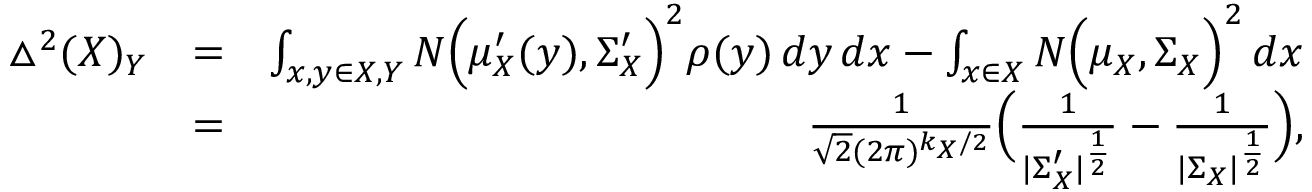
\begin{array} { r l r } { \bigtriangleup ^ { 2 } ( X ) _ { Y } } & { = } & { \int _ { x , y \in X , Y } N \Big ( \mu _ { X } ^ { \prime } ( y ) , \Sigma _ { X } ^ { \prime } \Big ) ^ { 2 } \rho ( y ) \, d y \, d x - \int _ { x \in X } N \Big ( \mu _ { X } , \Sigma _ { X } \Big ) ^ { 2 } \, d x } \\ & { = } & { \frac { 1 } { \sqrt { 2 } ( 2 \pi ) ^ { k _ { X } / 2 } } \Big ( \frac { 1 } { | \Sigma _ { X } ^ { \prime } | ^ { \frac { 1 } { 2 } } } - \frac { 1 } { | \Sigma _ { X } | ^ { \frac { 1 } { 2 } } } \Big ) , } \end{array}